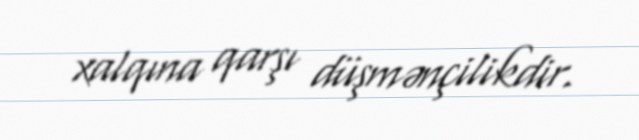
xalqına qarşı düşmənçilikdir.